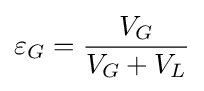
\varepsilon _{G}={\frac {V_{G}}{V_{G}+V_{L}}}